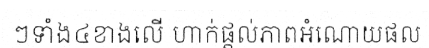
ៗទាំង៤ខាងលើ ហាក់ផ្តល់ភាពអំណោយផល